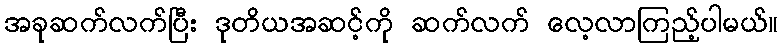
အခုဆက်လက်ပြီး ဒုတိယအဆင့်ကို ဆက်လက် လေ့လာကြည့်ပါမယ်။